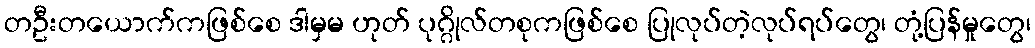
တဦးတယောက်ကဖြစ်စေ ဒါမှမ ဟုတ် ပုဂ္ဂိုလ်တစုကဖြစ်စေ ပြုလုပ်တဲ့လုပ်ရပ်တွေ၊ တုံ့ပြန်မှုတွေ၊